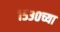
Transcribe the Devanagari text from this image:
१५३०च्या